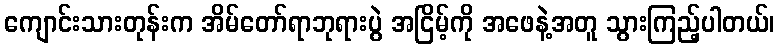
ကျောင်းသားတုန်းက အိမ်တော်ရာဘုရားပွဲ အငြိမ့်ကို အဖေနဲ့အတူ သွားကြည့်ပါတယ်၊